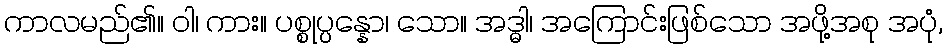
ကာလမည်၏။ ဝါ၊ ကား။ ပစ္စုပ္ပန္နော၊ သော။ အဒ္ဓါ၊ အကြောင်းဖြစ်သော အဖို့အစု အပုံ,